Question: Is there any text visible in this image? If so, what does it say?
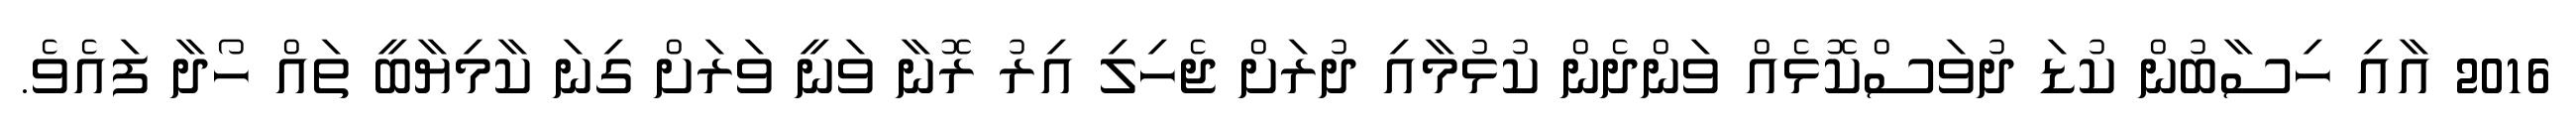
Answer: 2016 އާއި ހިސާބުން ކުޑަ ދުވަސްކޮޅެއް ވަންދެން ކުޅުމާއި ދުރަށް ޖެހިލި އިރު ރޮނާ ވަނީ ވަރަށް ގިނަ ކާމިޔާބީ ތައް ހޯދާ ފައެވެ.